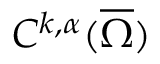
C ^ { k , \alpha } ( { \overline { { \Omega } } } )